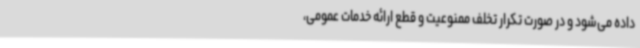
داده می‌شود و در صورت تکرار تخلف ممنوعیت و قطع ارائه خدمات عمومی،